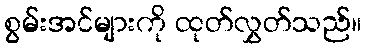
စွမ်းအင်များကို ထုတ်လွှတ်သည်။